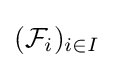
({\mathcal {F}}_{i})_{i\in I}